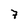
Character: 7